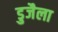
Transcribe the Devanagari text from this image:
डुजैला